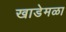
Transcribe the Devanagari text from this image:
खाडेमळा